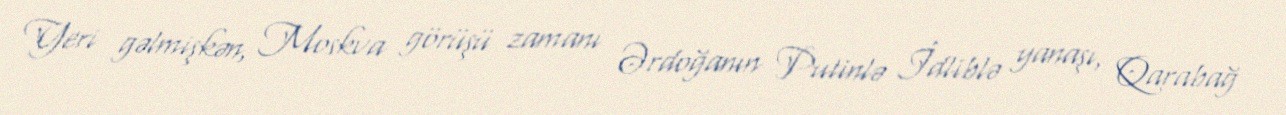
Yeri gəlmişkən, Moskva görüşü zamanı Ərdoğanın Putinlə İdliblə yanaşı, Qarabağ